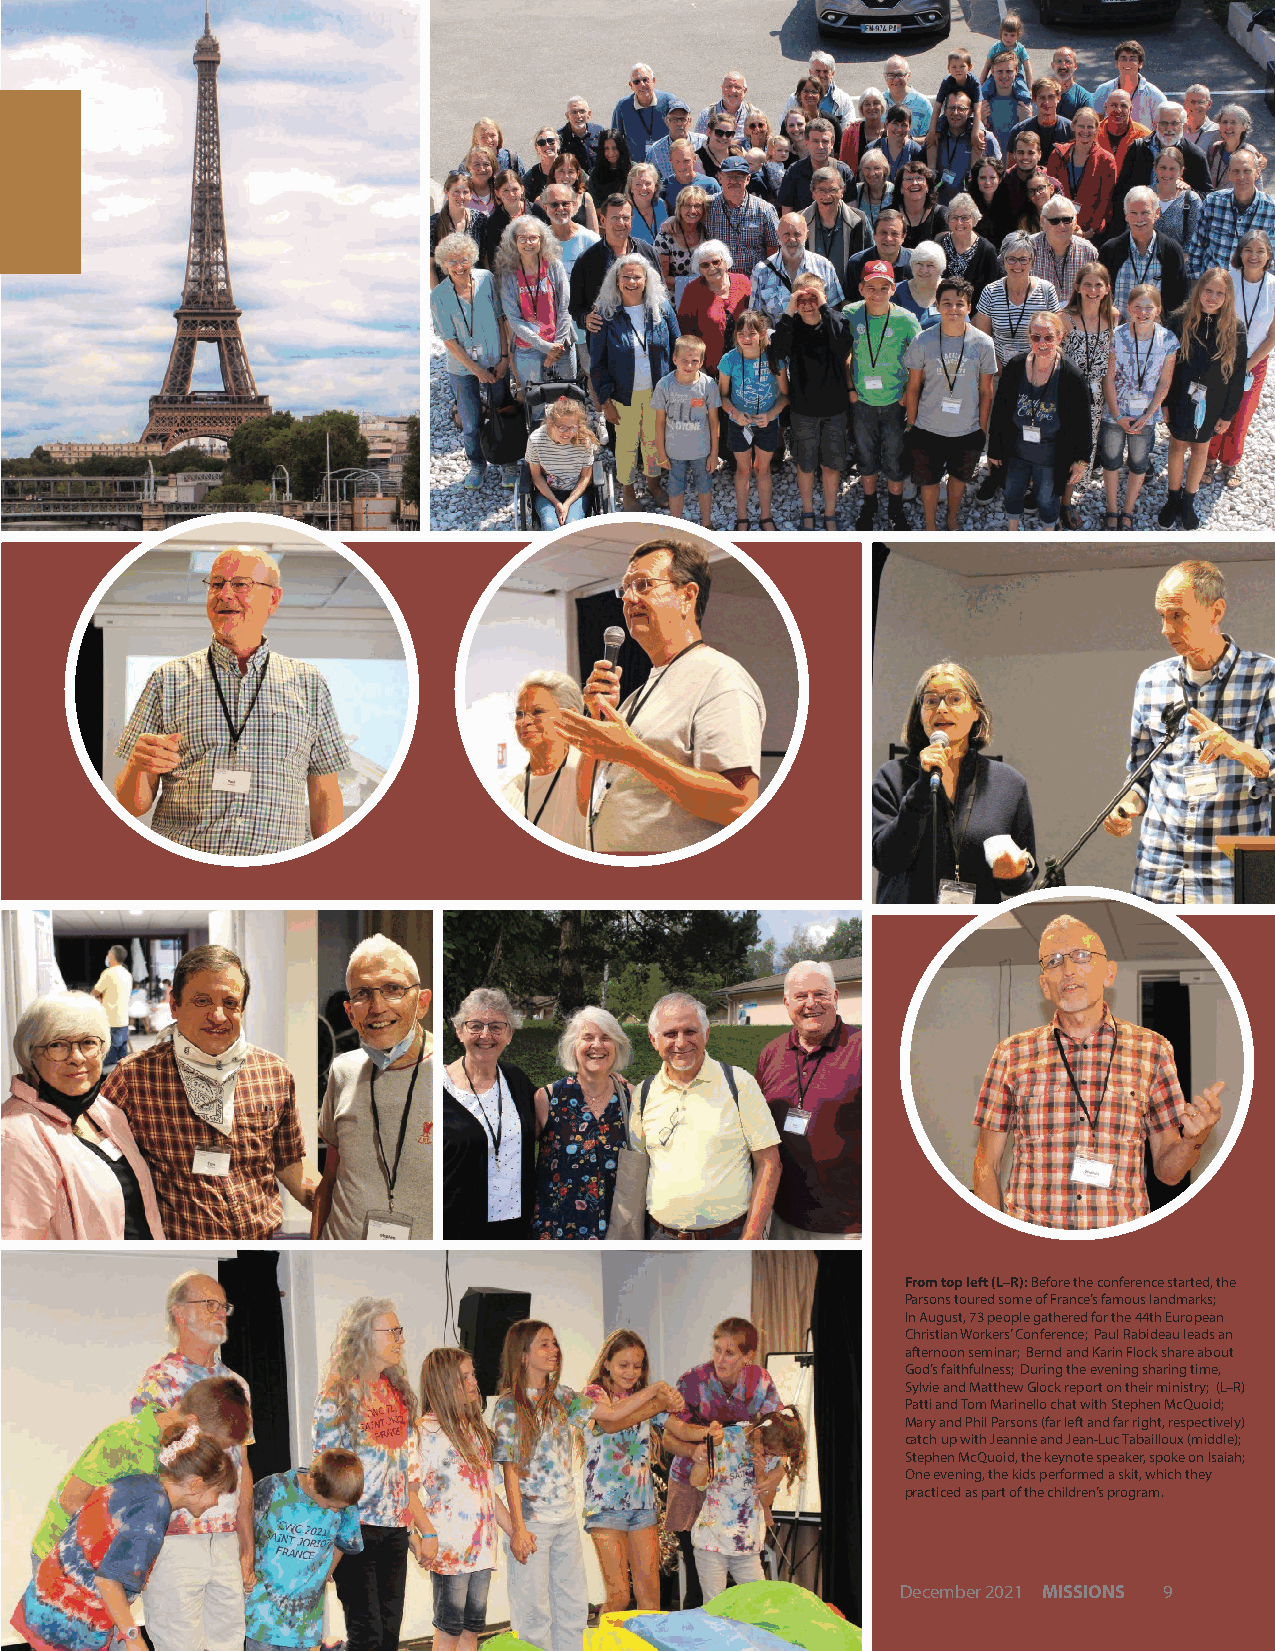
From top left (L–R): Before the conference started, the
 Parsons toured some of France’s famous landmarks;
 In August, 73 people gathered for the 44th European
 Christian Workers’ Conference; Paul Rabideau leads an
 afternoon seminar; Bernd and Karin Flock share about
 God’s faithfulness; During the evening sharing time,
 Sylvie and Matthew Glock report on their ministry; (L–R)
 Patti and Tom Marinello chat with Stephen McQuoid;
 Mary and Phil Parsons (far left and far right, respectively)
 catch up with Jeannie and Jean-Luc Tabailloux (middle);
 Stephen McQuoid, the keynote speaker, spoke on Isaiah;
 One evening, the kids performed a skit, which they
 practiced as part of the children’s program.
 December 2021 MISSIONS 9